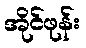
အိုင်ဖုန်း